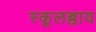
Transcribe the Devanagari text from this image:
स्कूलब्वाय